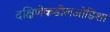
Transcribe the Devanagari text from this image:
दक्षिणेकडीलओडिशा